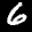
Label: 6